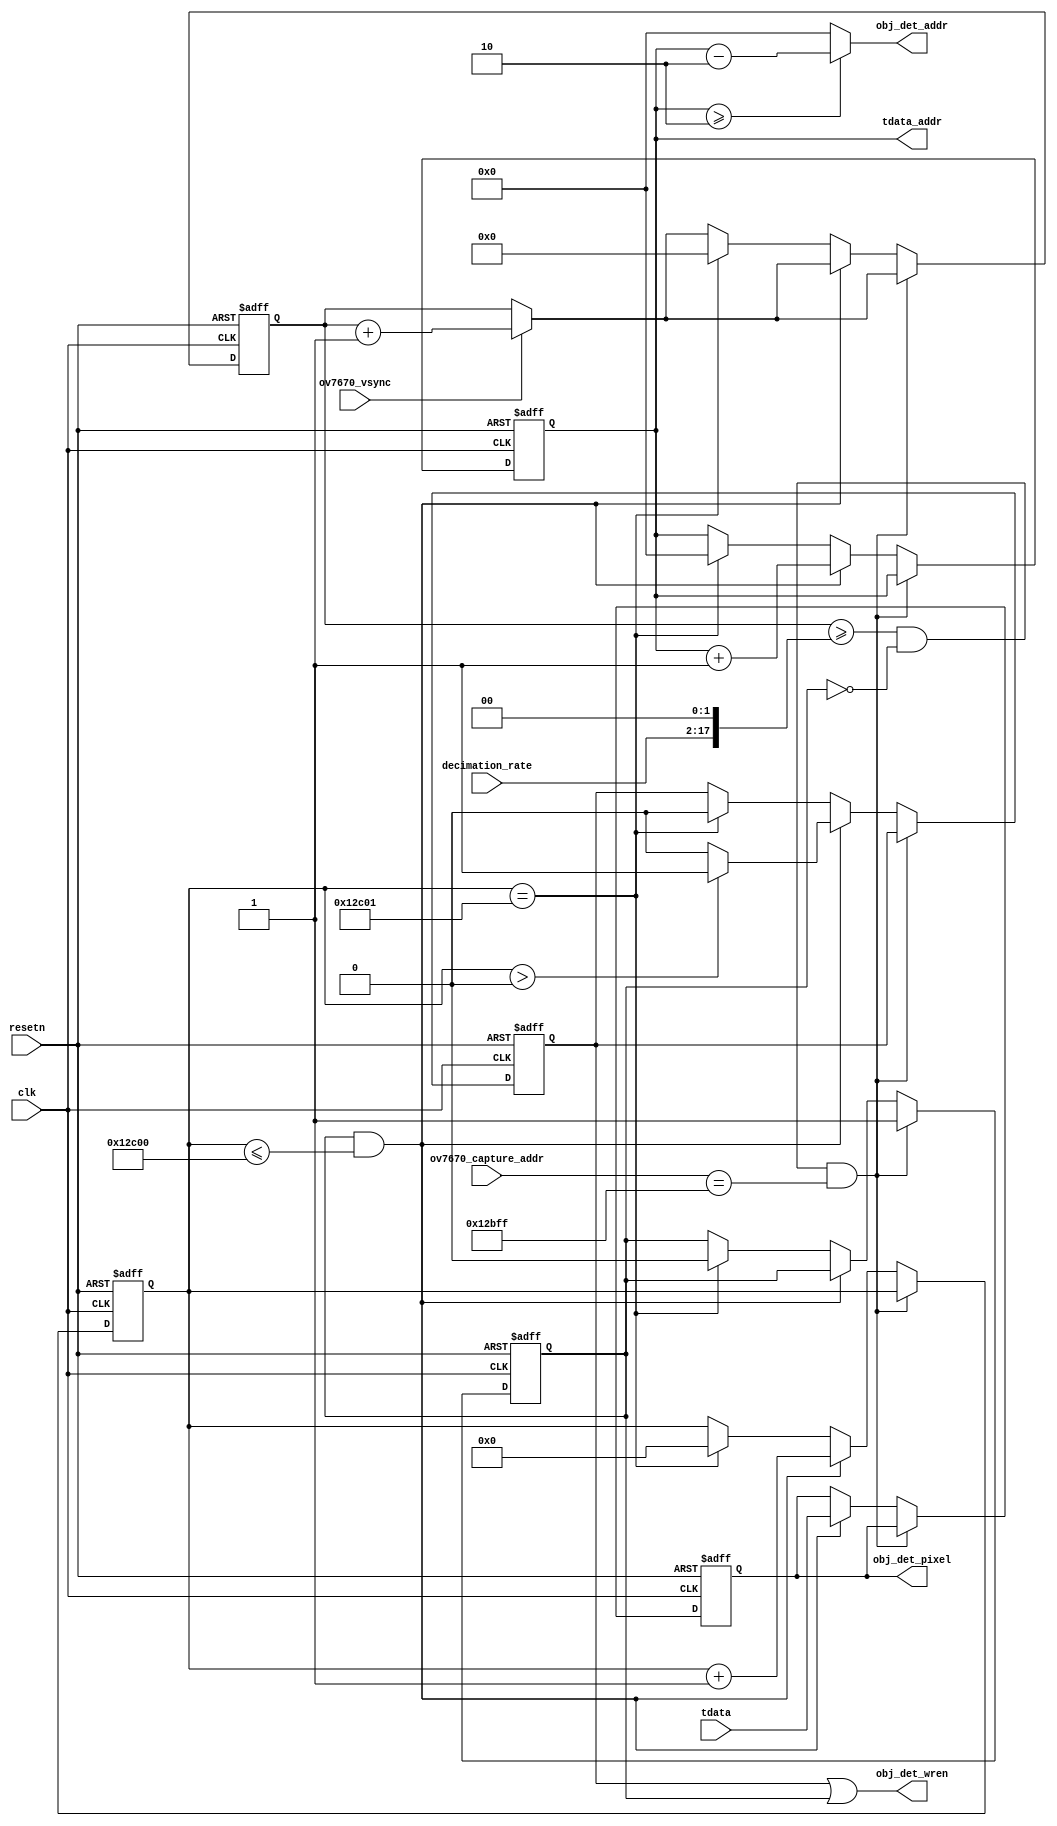
`timescale 1ns / 1ps
//////////////////////////////////////////////////////////////////////////////////
// Company: 
// Engineer: 
// 
// Design Name: 
// Module Name: frame_downsampler
// Project Name: 
// Target Devices: 
// Tool Versions: 
// Description: 
// 
// Dependencies: 
// 
// Revision:
// Revision 0.01 - File Created
// Additional Comments:
// 
//////////////////////////////////////////////////////////////////////////////////


module frame_downsampler(
    input clk,
    input resetn,
    
    // OV7670 Camera outputs
    input [16:0] ov7670_capture_addr,
    input [15:0] decimation_rate,
    input ov7670_vsync,
    
    // BRAM interface
    output reg [16:0] tdata_addr,
    input      [15:0] tdata,
    
    // Outputs to object detection
    output [16:0] obj_det_addr,
    output [15:0] obj_det_pixel,
    output obj_det_wren
    );
    
    parameter FRAME_SIZE = 76800;
    
    
    reg tvalid, transfer;

    // Stores delayed version of read data
    reg [15:0] buffered_capture_pixel;

    reg [19:0] cnt;
    wire [19:0] max_vsync_cnt;
    
    // TODO: change back to decimation_rate = 16'hfff0 
    assign max_vsync_cnt = decimation_rate << 2; //16'hfff0 << 2;//decimation_rate;//decimation_rate << 2;
    

    assign obj_det_addr = ((tdata_addr) >= 17'd2) ? (tdata_addr - 17'd2) : 17'd0;
    assign obj_det_wren = tvalid | transfer;
    assign obj_det_pixel = buffered_capture_pixel[15:0];
    

    reg [31:0] vsync_cnt;

    always @(posedge clk or negedge resetn) begin
        if (resetn == 0) begin
            buffered_capture_pixel <= 0;
            tvalid <= 0;
            tdata_addr <= 0;
            cnt <= 0;
            transfer <= 0;
            vsync_cnt <= 0;
        end
        else begin
            if (ov7670_vsync) begin
                vsync_cnt <= vsync_cnt + 1;
            end
            if (vsync_cnt >= max_vsync_cnt && ~transfer && ov7670_capture_addr == (FRAME_SIZE - 1)) begin
                transfer <= 1;
            end
            else if (transfer && cnt <= FRAME_SIZE) begin
                if (cnt > 0)
                    tvalid <= 1;
                else
                    tvalid <= 0;
                tdata_addr <= tdata_addr + 1;
                buffered_capture_pixel <= tdata; // Send out pixel read from BRAM
                cnt <= cnt + 1;
            end
            else if (cnt == (FRAME_SIZE + 1)) begin
                cnt <= 0;
                tvalid <= 0;
                tdata_addr <= 0;
                transfer <= 0;
                vsync_cnt <= 0;
            end
        end
    end

endmodule